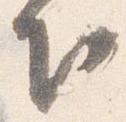
下